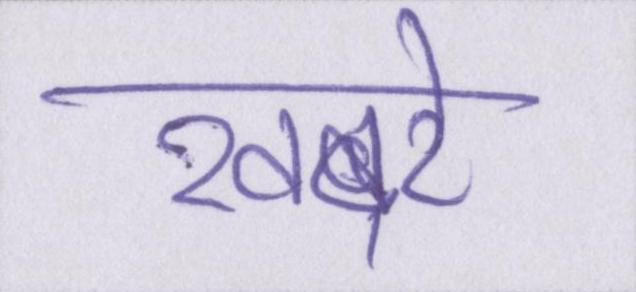
खबरे